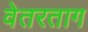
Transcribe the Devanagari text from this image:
वेतरताग